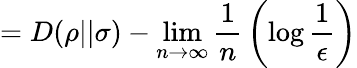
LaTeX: =D(\rho||\sigma)-\operatorname*{lim}_{n\rightarrow\infty}{\frac{1}{n}}\left(\log{\frac{1}{\epsilon}}\right)